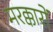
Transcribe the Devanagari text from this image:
मरक्कारों